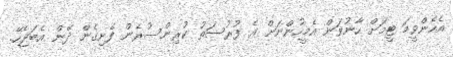
އެހެންވީމަ ޓީމަށް ހާނުވަން އެމީހުންނަށް އެ ފުރުސަތު ކުރިންސުރެން ފެށިގެން ދޭން އެބަޖެހޭ.